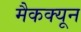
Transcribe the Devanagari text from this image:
मैकक्यून